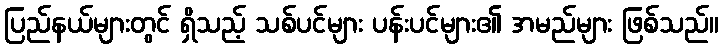
ပြည်နယ်များတွင် ရှိသည့် သစ်ပင်များ ပန်းပင်များ၏ အမည်များ ဖြစ်သည်။